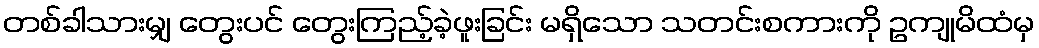
တစ်ခါသားမျှ တွေးပင် တွေးကြည့်ခဲ့ဖူးခြင်း မရှိသော သတင်းစကားကို ဥကျုမိထံမှ